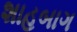
શાહબાગ